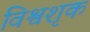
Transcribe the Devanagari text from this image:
विश्वशृक